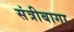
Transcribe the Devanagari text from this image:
संत्रीबागा